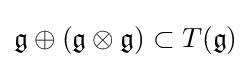
{\mathfrak {g}}\oplus ({\mathfrak {g}}\otimes {\mathfrak {g}})\subset T({\mathfrak {g}})